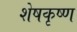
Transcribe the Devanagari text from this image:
शेषकृष्ण